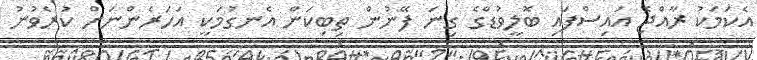
އެކަމަކު ރާއްޖެ އައިސްފައި ބޮލީވުޑްގެ ގިނަ ފޭނުން ތިބިކަން އެނގުމަކީ އަހަރެންނަށް ކުރެވުނު